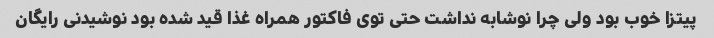
پیتزا خوب بود ولی چرا نوشابه نداشت حتی توی فاکتور همراه غذا قید شده بود نوشیدنی رایگان